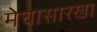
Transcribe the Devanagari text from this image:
मेघासारखा